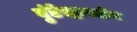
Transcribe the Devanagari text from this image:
बुंडेस्ट्रास्सेन